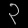
Digit: ၃